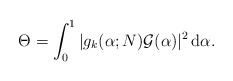
\begin{align*}\Theta=\int_0^1|g_k(\alpha;N)\mathcal G(\alpha)|^2\,{\rm d}\alpha .\end{align*}